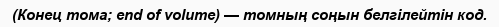
(Конец тома; end of volume) — томның соңын белгілейтін код.